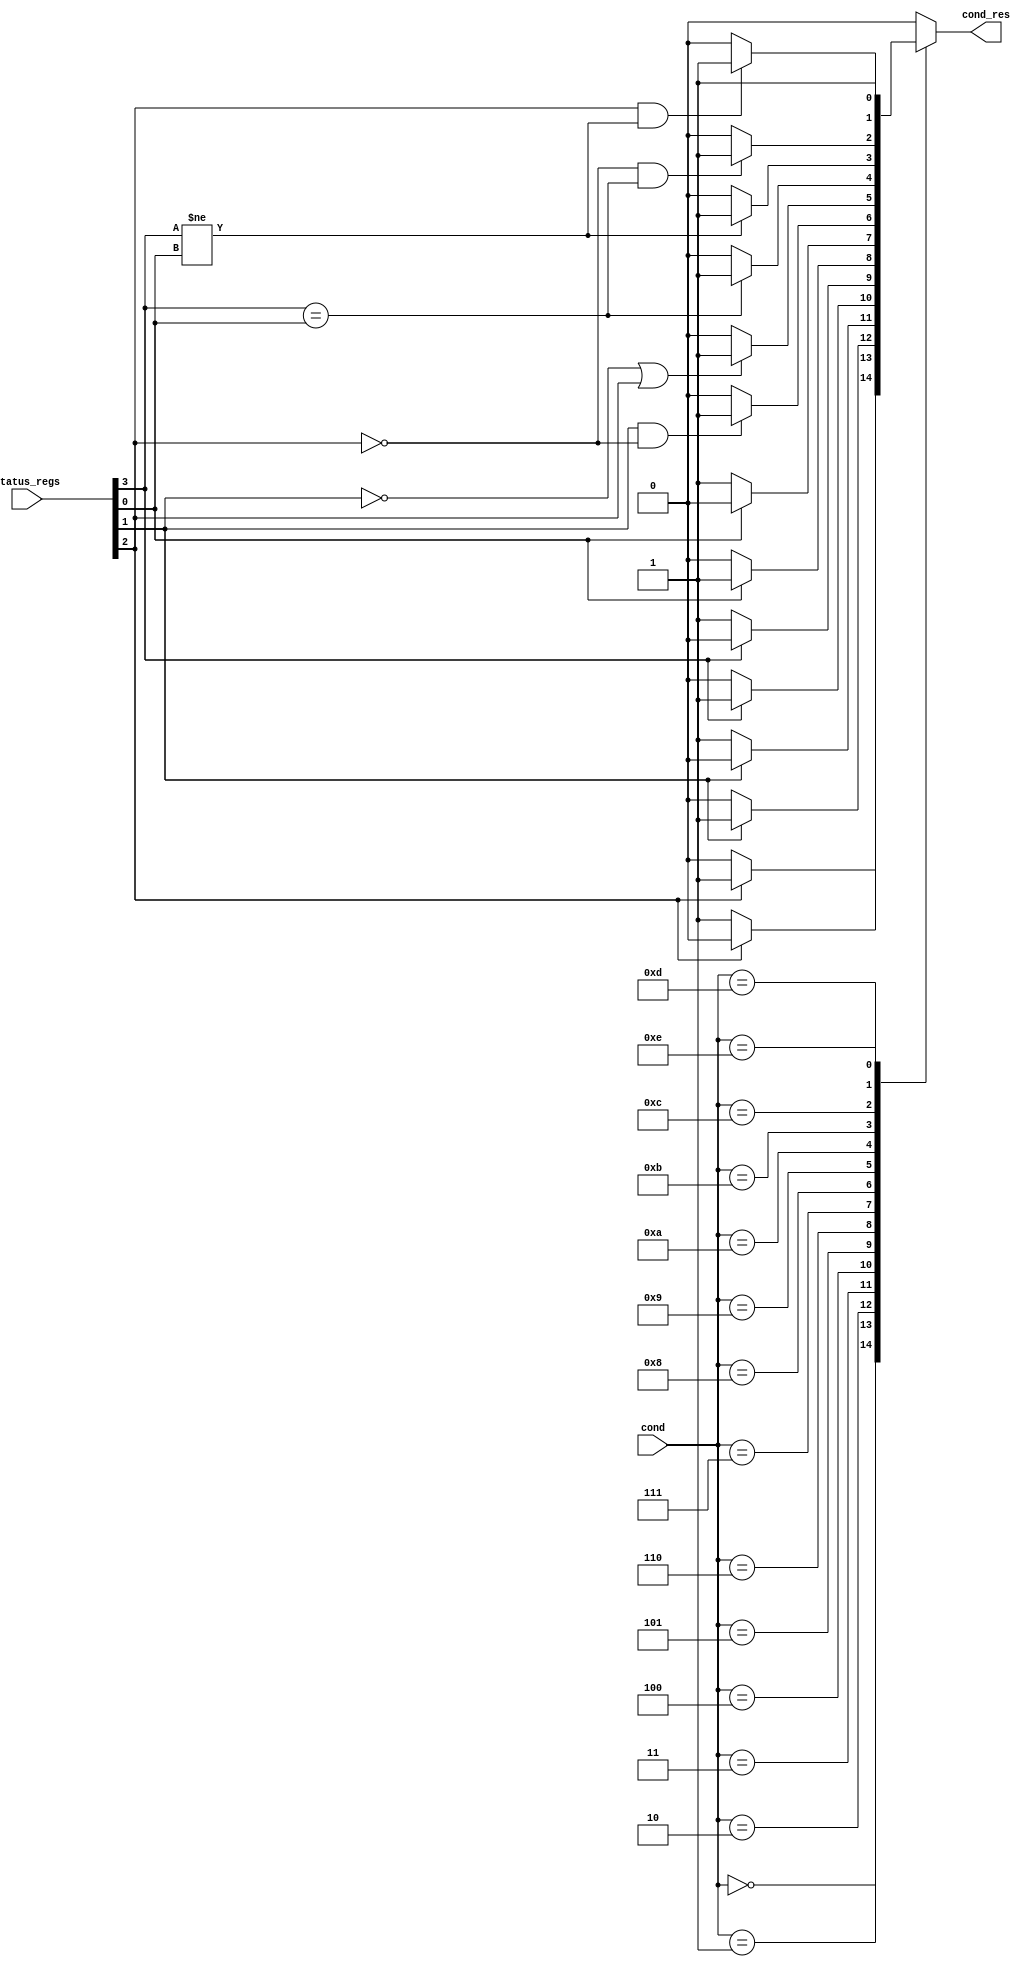
`timescale 1ns/1ns
module Condition_Check(
  cond, 
  status_regs, 
  cond_res
);
  parameter op_size = 4;

  input [op_size-1 : 0]cond, status_regs; 
  output reg cond_res;

  wire N_, Z_, C_, V_;
  assign {N_, Z_, C_, V_} = status_regs;
  always@(*) begin
    cond_res = 1'b0;
    case(cond)
    4'b0000: if(Z_) cond_res = 1'b1;
    4'b0001: if(~Z_) cond_res = 1'b1;
    4'b0010: if(C_) cond_res = 1'b1;
    4'b0011: if(~C_) cond_res = 1'b1;
    4'b0100: if(N_) cond_res = 1'b1;
    4'b0101: if(~N_) cond_res = 1'b1;
    4'b0110: if(V_) cond_res = 1'b1;
    4'b0111: if(~V_) cond_res = 1'b1;
    4'b1000: if(C_ && ~Z_) cond_res = 1'b1;
    4'b1001: if(~C_ || Z_) cond_res = 1'b1;
    4'b1010: if(N_ == V_) cond_res = 1'b1;
    4'b1011: if(N_ != V_) cond_res = 1'b1;
    4'b1100: if(~Z_ && N_ == V_) cond_res = 1'b1;
    4'b1101: if(Z_ && N_ != V_) cond_res = 1'b1;
    4'b1110: cond_res = 1'b1;
    endcase
  end

endmodule